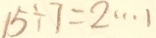
1 5 \div 7 = 2 \cdots 1